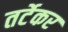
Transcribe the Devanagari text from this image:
तर्टेकर